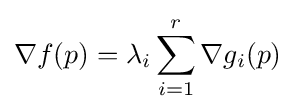
\nabla f(p)=\lambda _{i}\sum _{i=1}^{r}\nabla g_{i}(p)